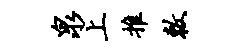
泉上推敕